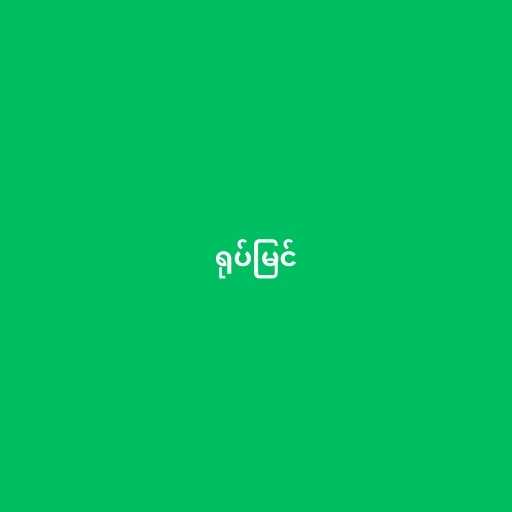
ရုပ်မြင်